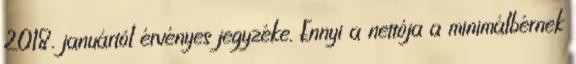
2018. januártól érvényes jegyzéke. Ennyi a nettója a minimálbérnek